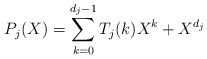
\begin{align*} P_j(X) = \sum_{k=0}^{d_j - 1} T_j(k) X^k + X^{d_j} \end{align*}